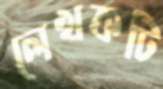
লেখকটি